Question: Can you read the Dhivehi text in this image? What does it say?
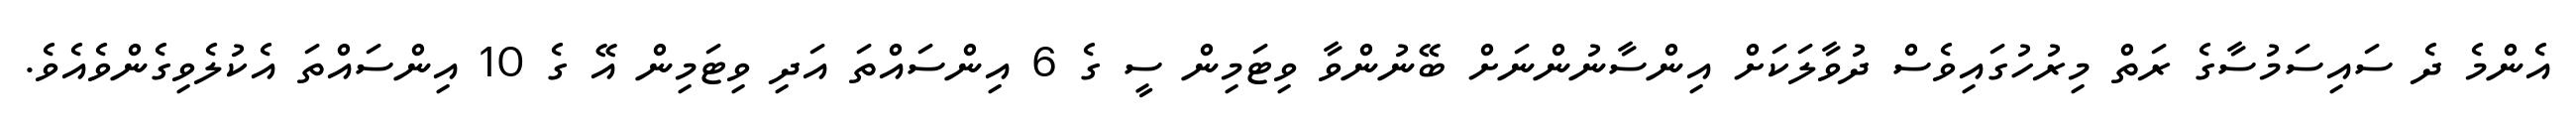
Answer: އެންމެ ދެ ސައިސަމުސާގެ ރަތް މިރުހުގައިވެސް ދުވާލަކަށް އިންސާނުންނަށް ބޭނުންވާ ވިޓަމިން ސީ ގެ 6 އިންސައްތަ އަދި ވިޓަމިން އޭ ގެ 10 އިންސައްތަ އެކުލެވިގެންވެއެވެ.